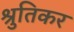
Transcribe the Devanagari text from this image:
श्रुतिकर